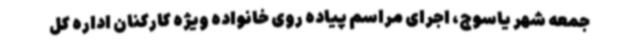
جمعه شهر یاسوج، اجرای مراسم پیاده روی خانواده ویژه کارکنان اداره کل